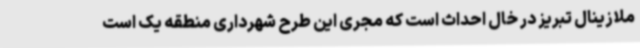
ملازینال تبریز در خال احداث است که مجری این طرح شهرداری منطقه یک است